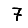
Digit: 7